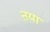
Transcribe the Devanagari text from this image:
ऩया